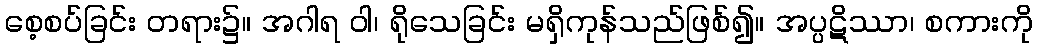
စေ့စပ်ခြင်း တရား၌။ အဂါရ ဝါ၊ ရိုသေခြင်း မရှိကုန်သည်ဖြစ်၍။ အပ္ပဋိဿာ၊ စကားကို